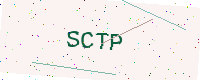
Text: SCTP